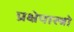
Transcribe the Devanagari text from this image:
प्रक्षेपास्त्रो